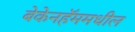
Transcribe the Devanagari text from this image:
बेकेनहॅममधील